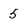
Character: 5